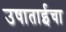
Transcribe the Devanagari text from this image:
उषाताईचा